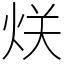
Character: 烪